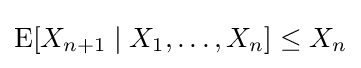
\operatorname {E} [X_{n+1}\mid X_{1},\ldots ,X_{n}]\leq X_{n}